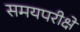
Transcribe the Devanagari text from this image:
समयपरीक्षे